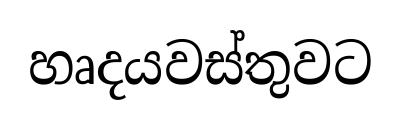
හෘදයවස්තුවට